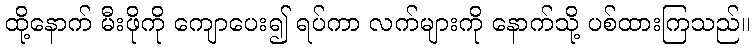
ထို့နောက် မီးဖိုကို ကျောပေး၍ ရပ်ကာ လက်များကို နောက်သို့ ပစ်ထားကြသည်။